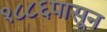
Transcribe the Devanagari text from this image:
१८८६पासून